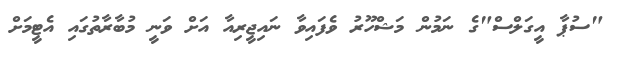
"ސުޕާ އީގަލްސް"ގެ ނަމުން މަޝްހޫރު ވެފައިވާ ނައިޖީރިއާ އަށް ވަނީ މުބާރާތުގައި އެޓީމަށް